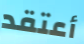
أعتقد